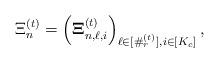
LaTeX: \begin{align*} \Xi_n^{(t)}=\left(\mathbf{\Xi}_{n,\ell,i}^{(t)}\right)_{\ell\in[\#_r^{(t)}],i\in[K_c]}, \end{align*}